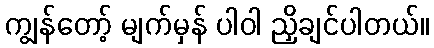
ကျွန်တော့် မျက်မှန် ပါဝါ ညှိချင်ပါတယ်။